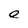
Character: e